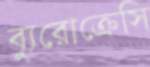
ব্যুরোক্রেসি